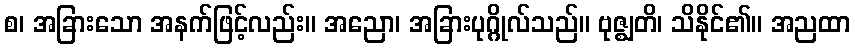
စ၊ အခြားသော အနက်ဖြင့်လည်း။ အညော၊ အခြားပုဂ္ဂိုလ်သည်။ ဗုဇ္ဈတိ၊ သိနိုင်၏။ အညထာ